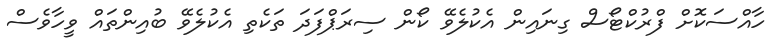
ހާއްސަކޮށް ފްރުކްޓޯސް ގިނަައިން އެކުލެވޭ ކޯން ސިރަޕްފަދަ ތަކެތި އެކުލެވޭ ބުއިންތައް ވީހާވެސް